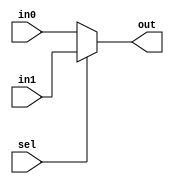
module mux2to1
#( parameter num_bits = 512) 
(
    input [num_bits-1:0] in0, in1,
    input sel,
    output [num_bits-1:0] out
);

    assign out = sel ? in1 : in0;
    //If sel is 1, then out is in1, else out is in0

endmodule